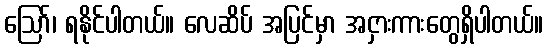
ဩော်၊ ရနိုင်ပါတယ်။ လေဆိပ် အပြင်မှာ အငှားကားတွေရှိပါတယ်။